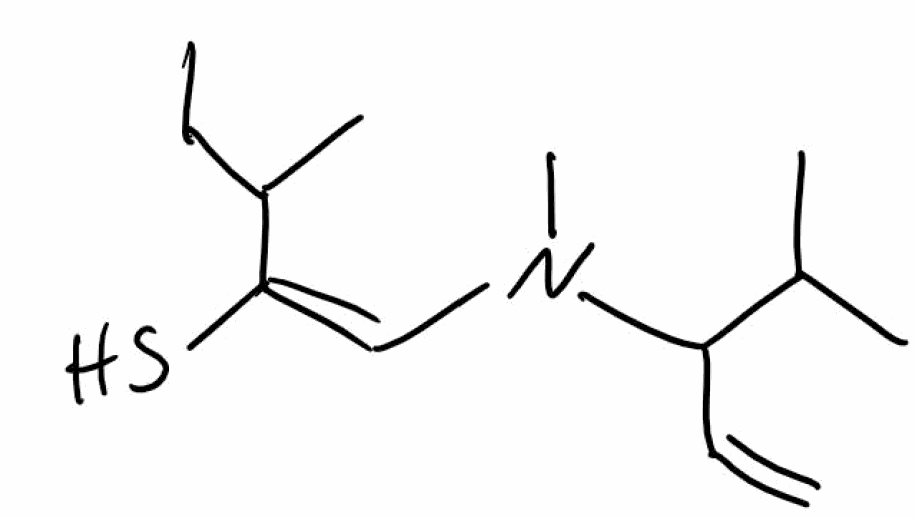
Simplified molecular-input line-entry system (SMILES) notation of the given molecule:
CCC(C)/C(=C\N(C)C(C=C)C(C)C)/S